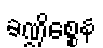
ခဏ္ဍိစ္စေန